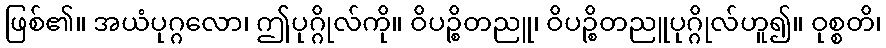
ဖြစ်၏။ အယံပုဂ္ဂလော၊ ဤပုဂ္ဂိုလ်ကို။ ဝိပဉ္စိတညူ၊ ဝိပဉ္စိတညူပုဂ္ဂိုလ်ဟူ၍။ ဝုစ္စတိ၊